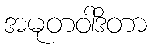
အမုတဝါဒိတာ